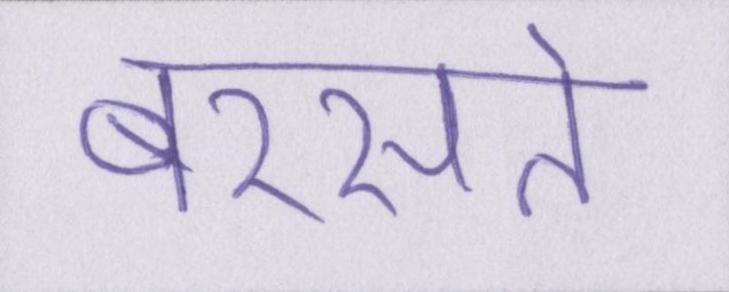
बरसते